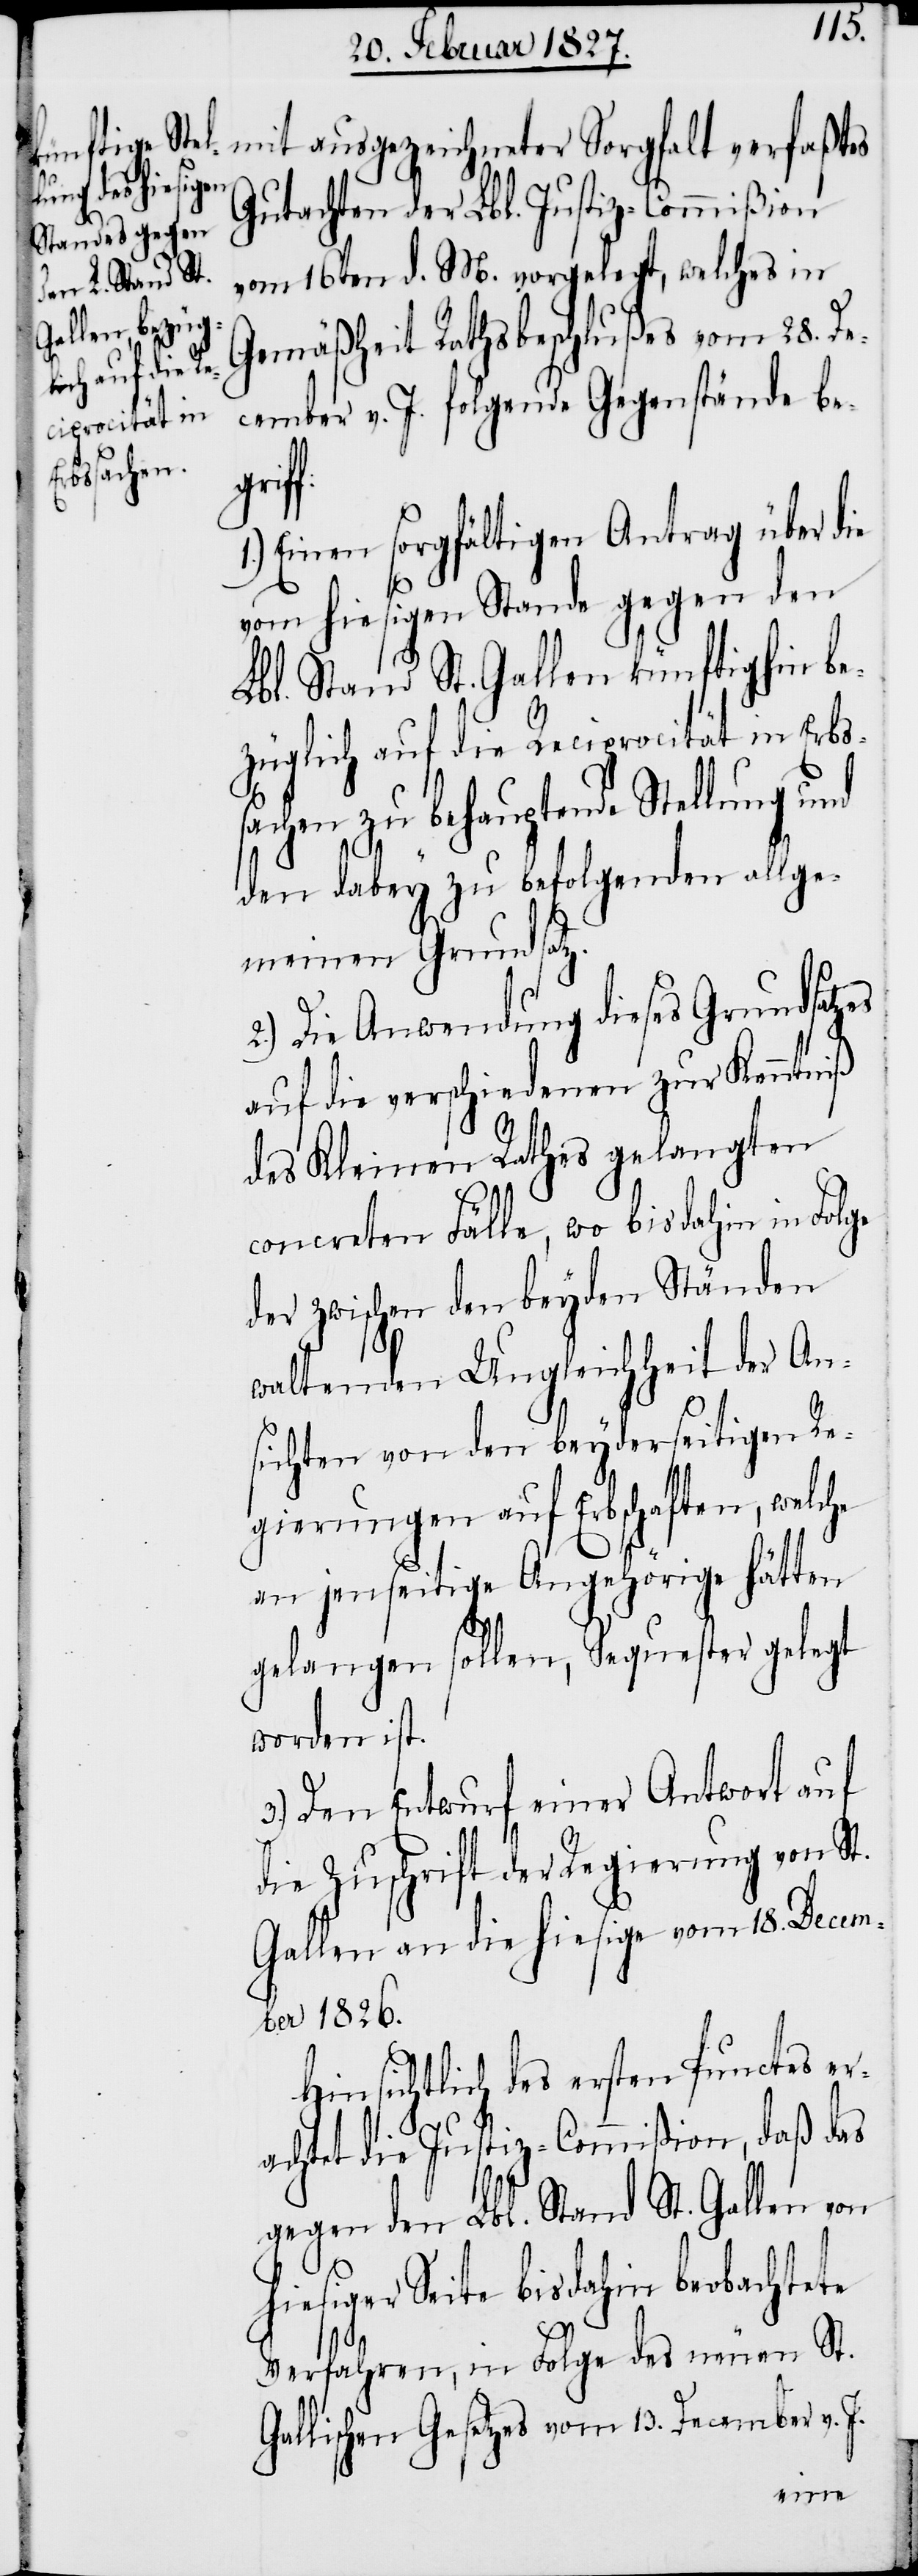
mit ausgezeichneter Sorgfalt verfaßtes
Gutachten der Lbl. Justiz-Commißion
vom 16ten d. M. vorgelegt, welches in
Gemäßheit Rathsbeschlußes vom 28. De¬
cember v. J. folgende Gegenstände beg¬
riff:
1.) Einen sorgfältigen Antrag über die
vom hiesigen Stande gegen den
Lbl. Stand St. Gallen künftighin be¬
züglich auf die Reciprocität in Erbs¬
sachen zu behauptende Stellung und
den dabey zu befolgenden allge¬
meinen Grundsatz.
2.) Die Anwendung dieses Grundsatzes
auf die verschiedenen zur Kenntniß
J.
des Kleinen Rathes gelangten
concreten Fälle, wo bis dahin in Folge
der zwischen den beyden Ständen
waltenden Ungleichheit der An¬
sichten von den beyderseitigen Re¬
gierungen auf Erbschaften, welche
an jenseitige Angehörige hätten
gelangen sollen, Sequester gelegt
worden ist.
3.) Den Entwurf einer Antwort auf
die Zuschrift der Regierung von St.
Gallen an die hiesige vom 18. Decem¬
ber 1826.
Hinsichtlich des ersten Punctes er¬
achtet die Justiz-Commißion, daß das
gegen den Lbl. Stand St. Gallen von
hiesiger Seite bis dahin beobachtete
Verfahren, in Folge des neuen St.
Gallischen Gesetzes vom 13. December v.